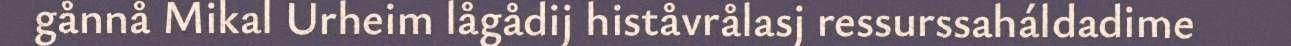
gånnå Mikal Urheim lågådij histåvrålasj ressurssaháldadime